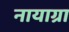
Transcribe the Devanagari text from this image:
नायाग्रा